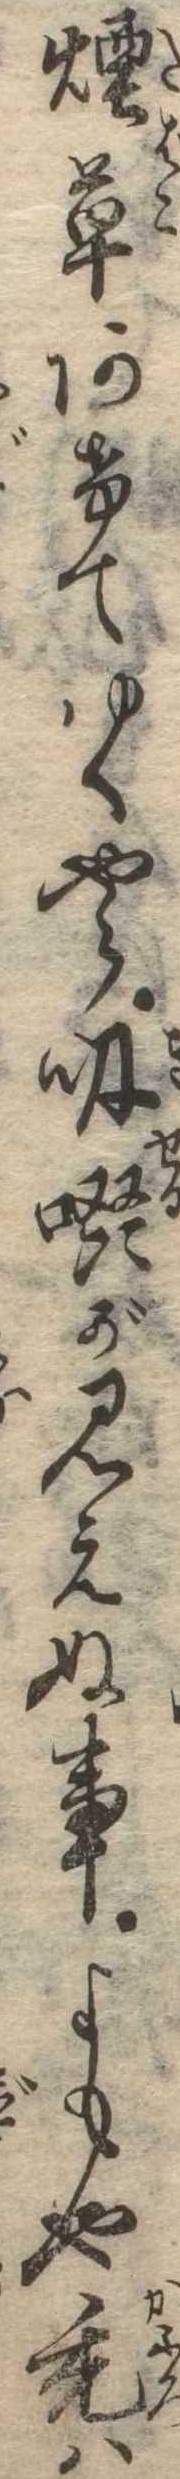
煙草あけてゆくやら吸啜が見えぬ事よもや禿は